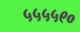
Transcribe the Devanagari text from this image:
५५५५९०